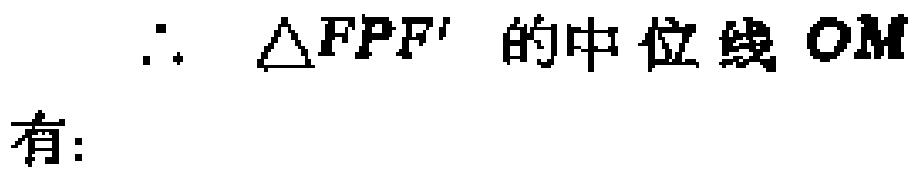
\(\therefore\ \triangle FPF^{\prime}\) 的中位线 \(OM\)
有: